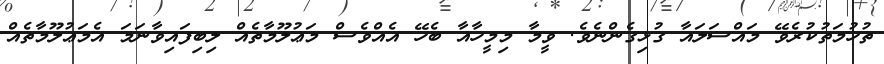
ތުހުމަތުކުރެވޭ މައްސަލައާ ގުޅިގެންނެވެ. ވީމާ މިމީހާއާ ބެހޭ އެއްވެސް މަޢުލޫމާތެއް ލިބިފައިވާނަމަ އެމަޢުލޫމާތެއް